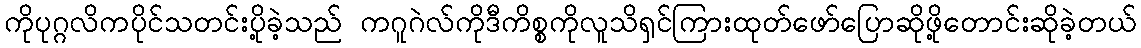
ကိုပုဂ္ဂလိကပိုင်သတင်းပို့ခဲ့သည် ကဂူဂဲလ်ကိုဒီကိစ္စကိုလူသိရှင်ကြားထုတ်ဖော်ပြောဆိုဖို့တောင်းဆိုခဲ့တယ်